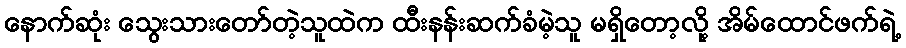
နောက်ဆုံး သွေးသားတော်တဲ့သူထဲက ထီးနန်းဆက်ခံမဲ့သူ မရှိတော့လို့ အိမ်ထောင်ဖက်ရဲ့